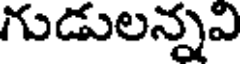
గుడులన్నవి